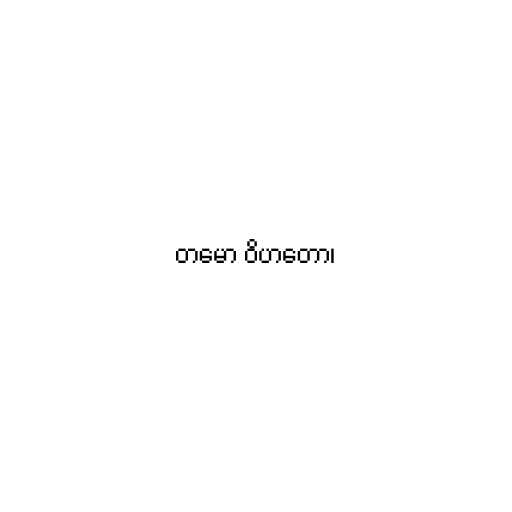
တမော ဝိဟတော၊